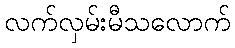
လက်လှမ်းမီသလောက်